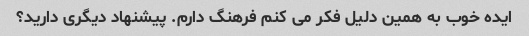
ایده خوب به همین دلیل فکر می کنم فرهنگ دارم. پیشنهاد دیگری دارید؟